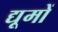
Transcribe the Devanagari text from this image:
द्यूमों